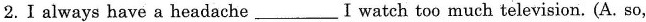
2.I always have a headache___I watch too much television. (A. so,